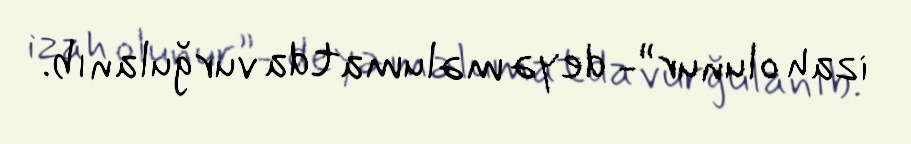
izah olunur”- deyə məlumatda vurğulanıb.